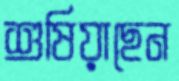
শুষিয়াছেন